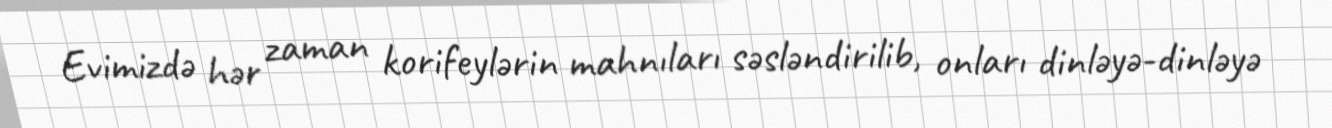
Evimizdə hər zaman korifeylərin mahnıları səsləndirilib, onları dinləyə-dinləyə